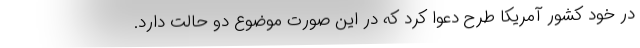
در خود کشور آمریکا طرح دعوا کرد که در این صورت موضوع دو حالت دارد.